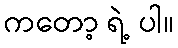
ကတော့ ရဲ့ ပါ။